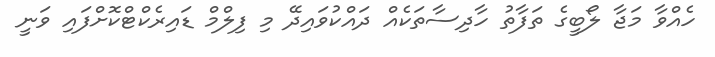
ހެއްވާ މަޖާ ލޯބީގެ ތަފާތު ހާދިސާތަކެއް ދައްކުވައިދޭ މި ފިލްމް ޑައިރެކްޓްކޮށްފައި ވަނީ